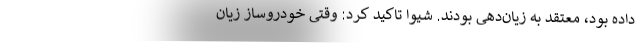
داده بود، معتقد به زیان‌دهی بودند. شیوا تاکید کرد: وقتی خودروساز زیان